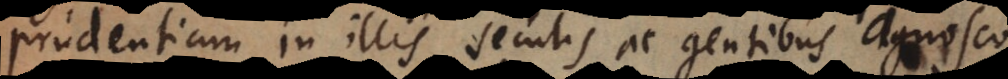
prudentiam in illis seculis ac gentibus agnosco,